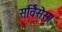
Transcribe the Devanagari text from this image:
सर्विसेस।